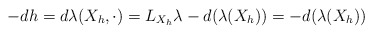
\begin{align*} -dh=d\lambda(X_h,\cdot)=L_{X_h}\lambda-d(\lambda(X_h))=-d(\lambda(X_h))\end{align*}